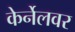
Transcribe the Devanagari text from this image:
केर्नेलवर